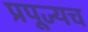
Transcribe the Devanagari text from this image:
प्रपूज्यच